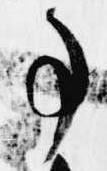
事